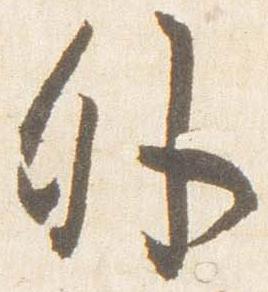
外